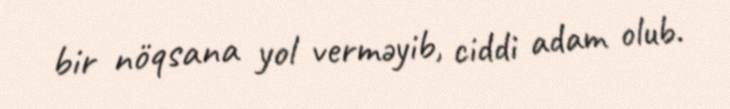
bir nöqsana yol verməyib, ciddi adam olub.